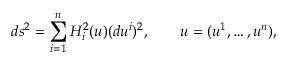
d s ^ { 2 } = \sum _ { i = 1 } ^ { n } H _ { i } ^ { 2 } ( u ) ( d u ^ { i } ) ^ { 2 } , \qquad u = ( u ^ { 1 } , \ldots , u ^ { n } ) ,